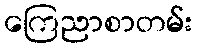
ကြေညာစာတမ်း